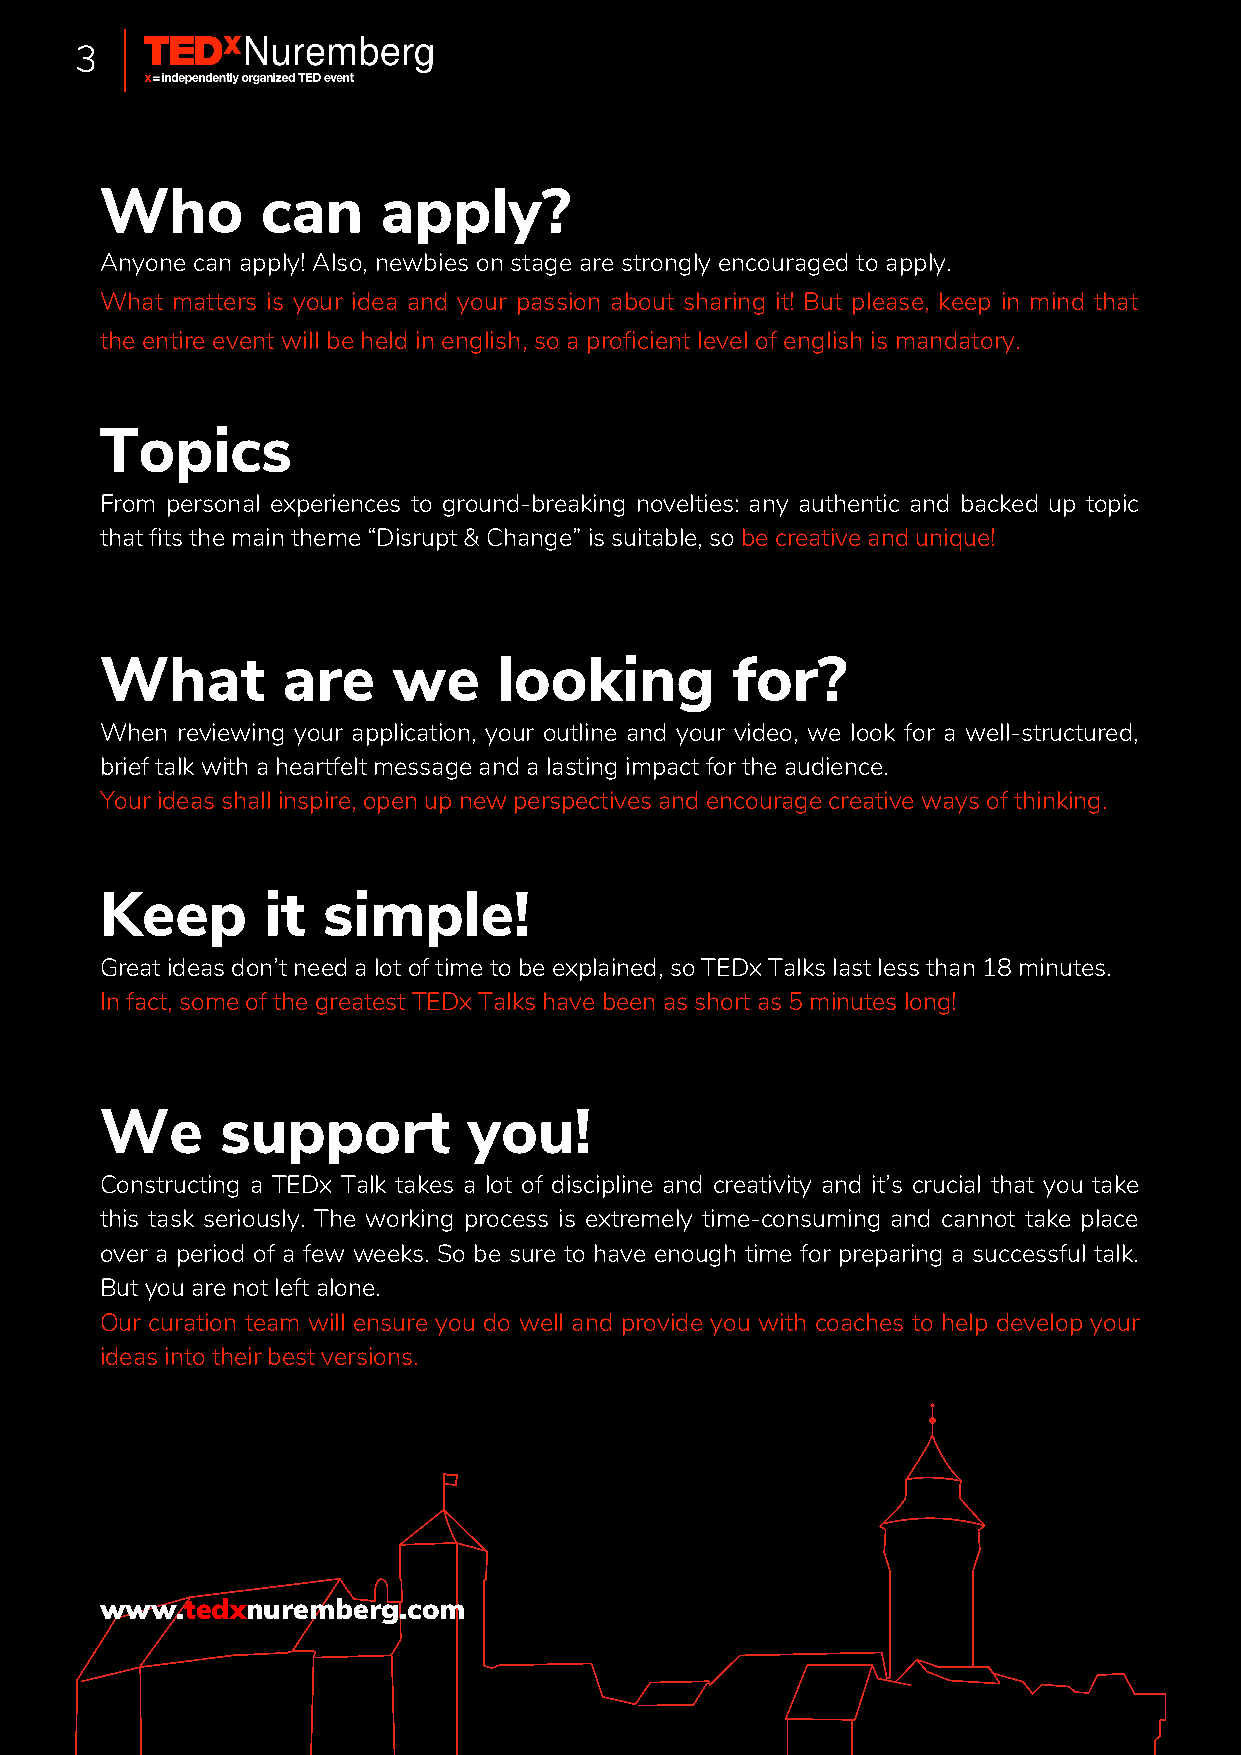
3
 Who       can     apply?
 Anyone can apply! Also, newbies on stage are strongly encouraged to apply.
 What matters is your idea and your passion about sharing it! But please, keep in mind that
 the entire event will be held in english, so a proficient level of english is mandatory.
 Topics
 From personal experiences to ground-breaking novelties: any authentic and backed up topic
 that fits the main theme “Disrupt & Change” is suitable, so be creative and unique!
 What        are    we     looking        for?
 When reviewing your application, your outline and your video, we look for a well-structured,
 brief talk with a heartfelt message and a lasting impact for the audience.
 Your ideas shall inspire, open up new perspectives and encourage creative ways of thinking.
 Keep       it simple!
 Great ideas don’t need a lot of time to be explained, so TEDx Talks last less than 18 minutes.
 In fact, some of the greatest TEDx Talks have been as short as 5 minutes long!
 We      support         you!
 Constructing a TEDx Talk takes a lot of discipline and creativity and it’s crucial that you take
 this task seriously. The working process is extremely time-consuming and cannot take place
 over a period of a few weeks. So be sure to have enough time for preparing a successful talk.
 But you are not left alone.
 Our curation team will ensure you do well and provide you with coaches to help develop your
 ideas into their best versions.
 www.tedxnuremberg.com